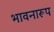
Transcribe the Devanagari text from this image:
भावनारूप